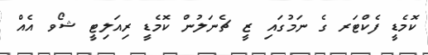
ކޮމެޑީ ފެކްޓަރ ގެ ނަމުގައި ޒީ ޗެނަލުން ކޮމެޑީ ރިއަލިޓީ ޝޯވ އެއް